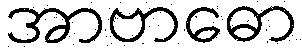
အာဗာဓော